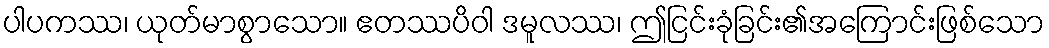
ပါပကဿ၊ ယုတ်မာစွာသော။ ဧတဿပိဝါ ဒမူလဿ၊ ဤငြင်းခုံခြင်း၏အကြောင်းဖြစ်သော